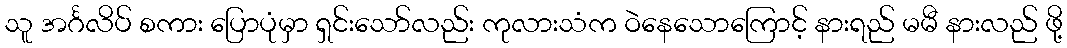
သူ အင်္ဂလိပ် စကား ပြောပုံမှာ ရှင်းသော်လည်း ကုလားသံက ဝဲနေသောကြောင့် နားရည် မမီ နားလည် ဖို့